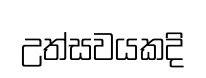
උත්සවයකදි